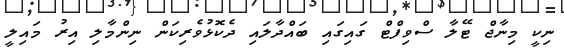
ނިކީ މިނާޖް ޓޭލާ ސްވިފްޓް ގައިގައި ބައްދާލައި ދެކޮޅުވެރިކަން ނިންމާލި އިރު މައިލީ